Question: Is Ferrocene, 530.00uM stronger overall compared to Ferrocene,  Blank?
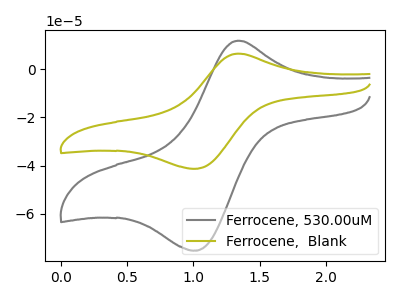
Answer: <think>The gray curve "Ferrocene, 530.00uM" has an anodic peak at (1.35V, 11.95uA) and a cathodic peak at (1.00V, -75.40uA). The olive curve "Ferrocene,  Blank" has an anodic peak at (1.35V, 6.55uA) and a cathodic peak at (1.00V, -41.35uA).
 All the peaks in "Ferrocene, 530.00uM" have a peak in "Ferrocene,  Blank" at the same potential. Every peak in "Ferrocene, 530.00uM" is higher than every peak in "Ferrocene,  Blank".</think>
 <answer>"Ferrocene, 530.00uM" has more signal than "Ferrocene,  Blank".</answer>
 <eval>more_signal</eval>